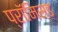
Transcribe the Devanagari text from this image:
प्रॉमिस्ड